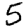
Digit: 5